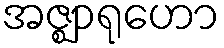
အဇ္ဈာရုဟော